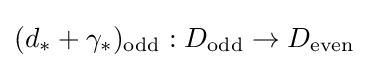
(d_{*}+\gamma _{*})_{\text{odd}}:D_{\text{odd}}\to D_{\text{even}}